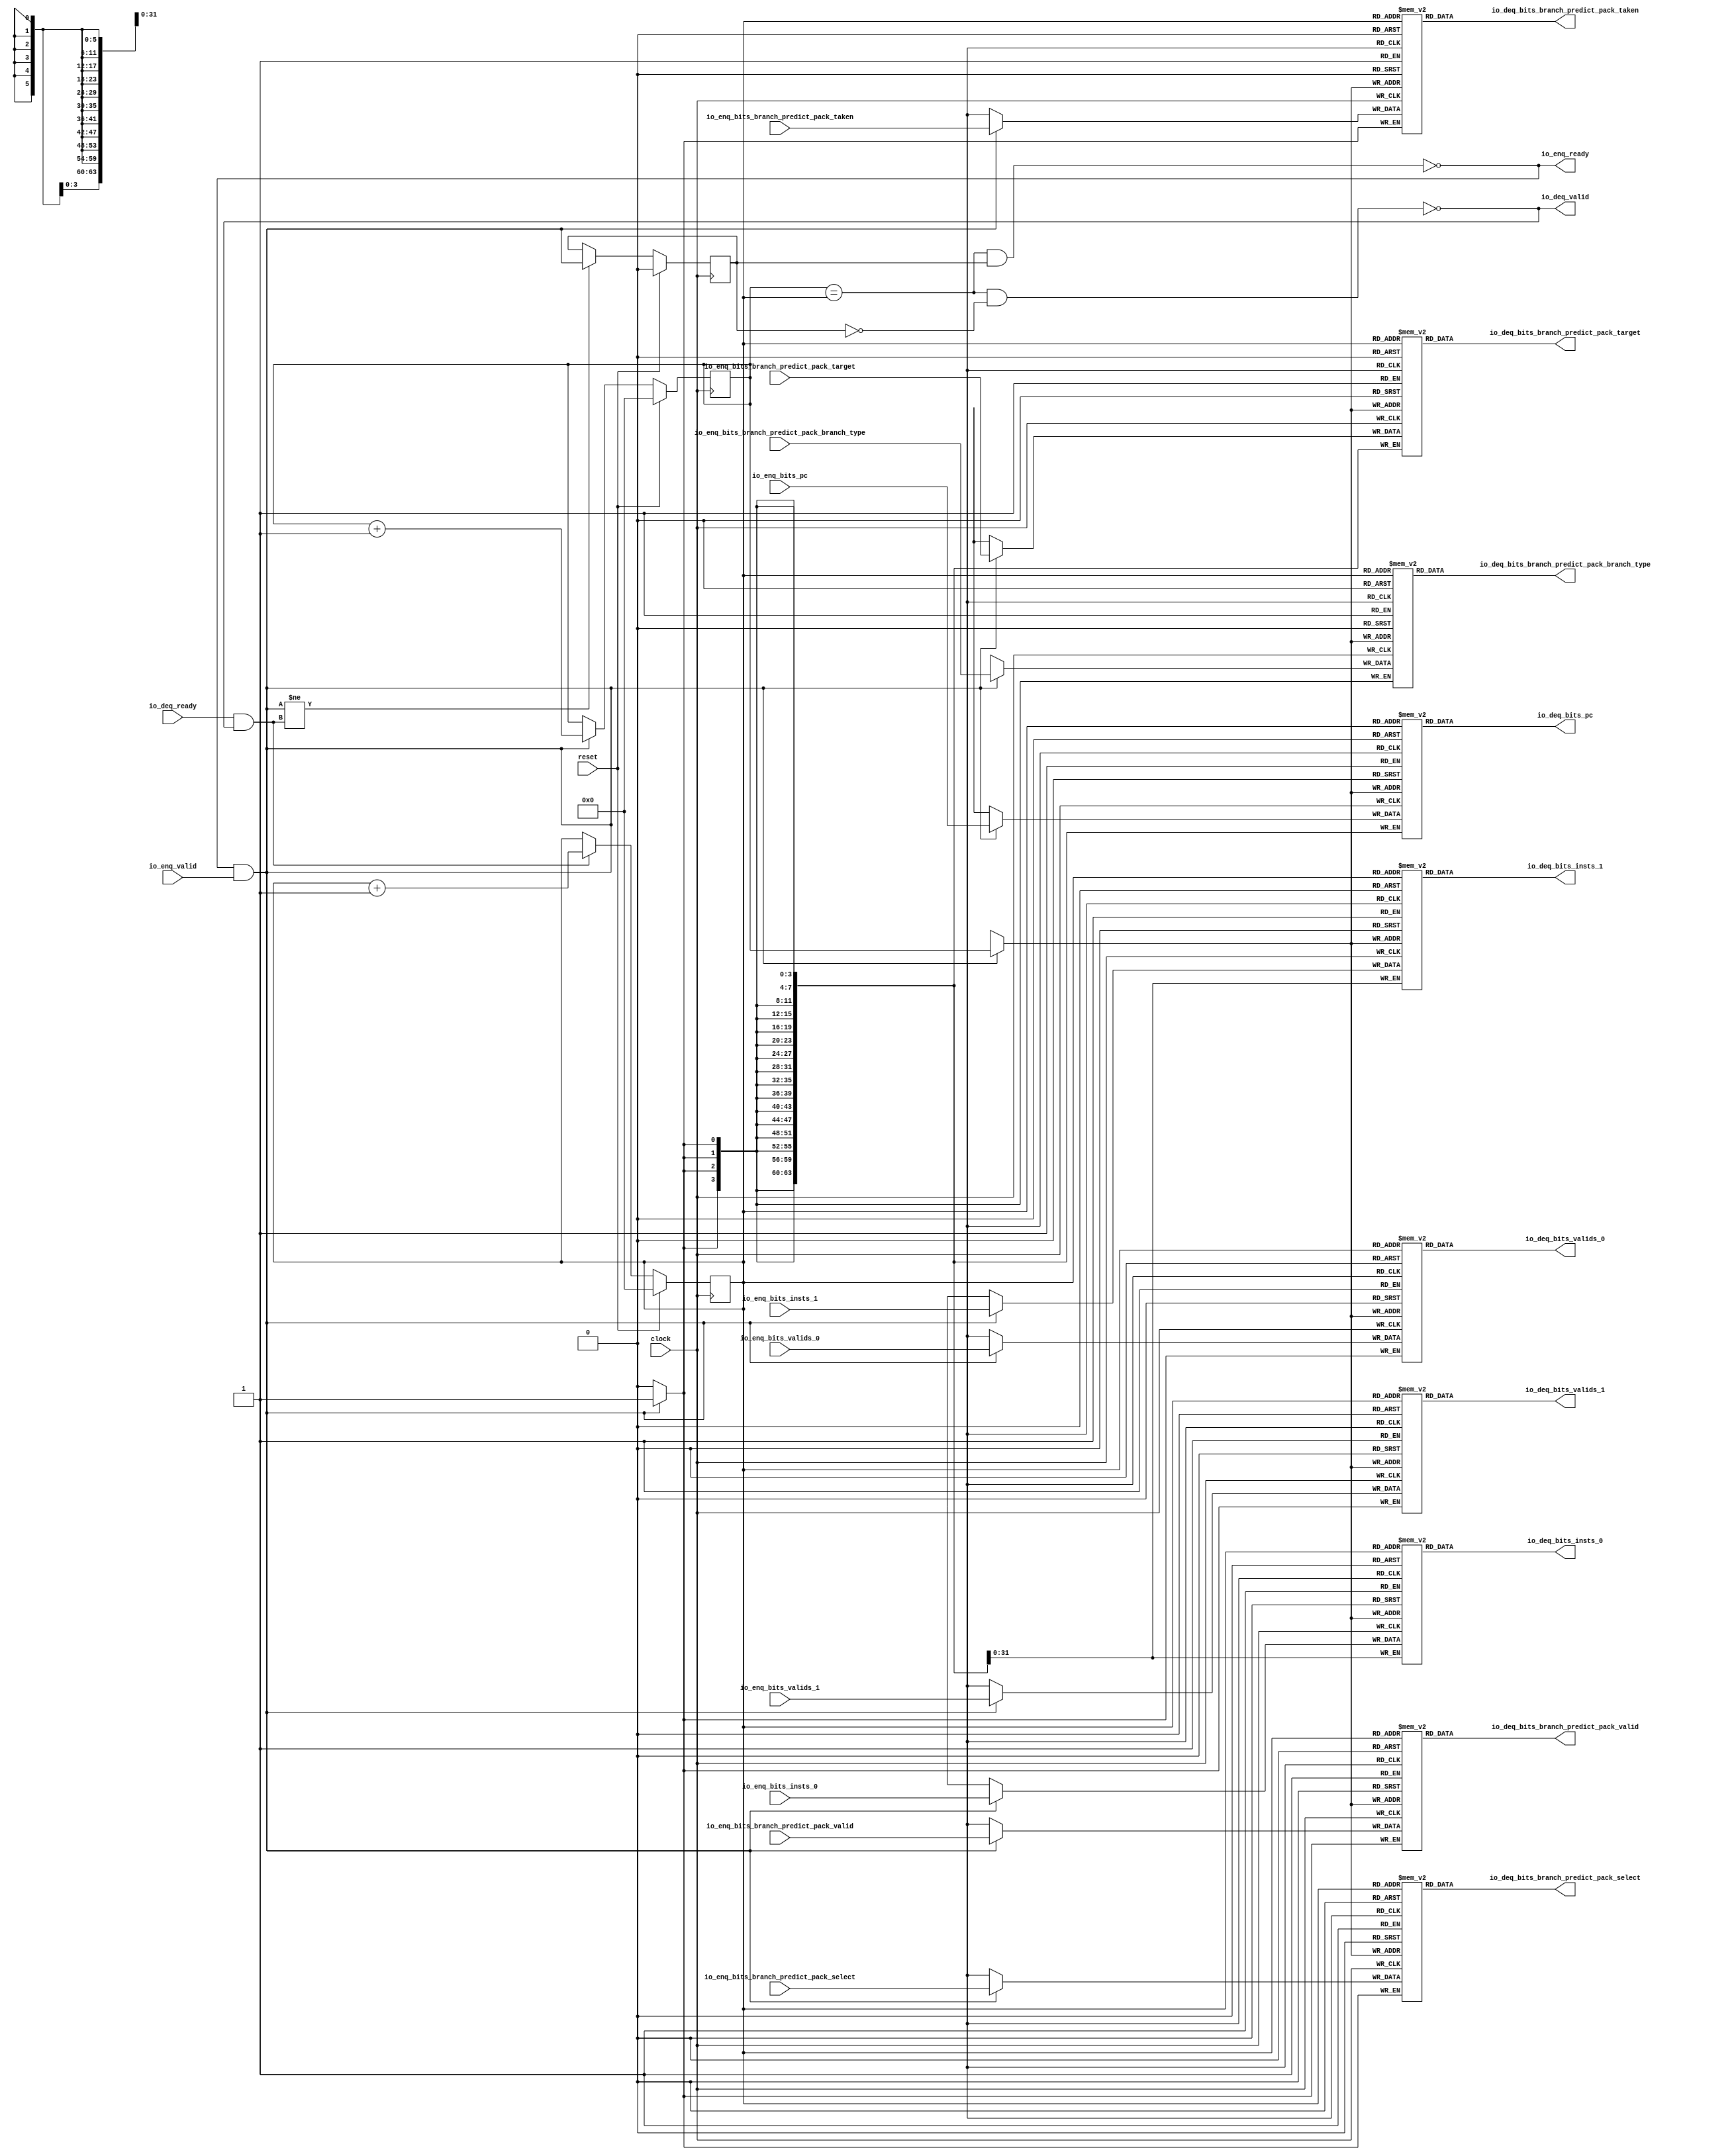
module Queue(
  input         clock,
  input         reset,
  output        io_enq_ready,
  input         io_enq_valid,
  input         io_enq_bits_valids_0,
  input         io_enq_bits_valids_1,
  input  [63:0] io_enq_bits_pc,
  input  [31:0] io_enq_bits_insts_0,
  input  [31:0] io_enq_bits_insts_1,
  input         io_enq_bits_branch_predict_pack_valid,
  input  [63:0] io_enq_bits_branch_predict_pack_target,
  input  [3:0]  io_enq_bits_branch_predict_pack_branch_type,
  input         io_enq_bits_branch_predict_pack_select,
  input         io_enq_bits_branch_predict_pack_taken,
  input         io_deq_ready,
  output        io_deq_valid,
  output        io_deq_bits_valids_0,
  output        io_deq_bits_valids_1,
  output [63:0] io_deq_bits_pc,
  output [31:0] io_deq_bits_insts_0,
  output [31:0] io_deq_bits_insts_1,
  output        io_deq_bits_branch_predict_pack_valid,
  output [63:0] io_deq_bits_branch_predict_pack_target,
  output [3:0]  io_deq_bits_branch_predict_pack_branch_type,
  output        io_deq_bits_branch_predict_pack_select,
  output        io_deq_bits_branch_predict_pack_taken
);
`ifdef RANDOMIZE_MEM_INIT
  reg [31:0] _RAND_0;
  reg [31:0] _RAND_1;
  reg [63:0] _RAND_2;
  reg [31:0] _RAND_3;
  reg [31:0] _RAND_4;
  reg [31:0] _RAND_5;
  reg [63:0] _RAND_6;
  reg [31:0] _RAND_7;
  reg [31:0] _RAND_8;
  reg [31:0] _RAND_9;
`endif // RANDOMIZE_MEM_INIT
`ifdef RANDOMIZE_REG_INIT
  reg [31:0] _RAND_10;
  reg [31:0] _RAND_11;
  reg [31:0] _RAND_12;
`endif // RANDOMIZE_REG_INIT
  reg  ram_valids_0 [0:63]; // @[Decoupled.scala 275:95]
  wire  ram_valids_0_io_deq_bits_MPORT_en; // @[Decoupled.scala 275:95]
  wire [5:0] ram_valids_0_io_deq_bits_MPORT_addr; // @[Decoupled.scala 275:95]
  wire  ram_valids_0_io_deq_bits_MPORT_data; // @[Decoupled.scala 275:95]
  wire  ram_valids_0_MPORT_data; // @[Decoupled.scala 275:95]
  wire [5:0] ram_valids_0_MPORT_addr; // @[Decoupled.scala 275:95]
  wire  ram_valids_0_MPORT_mask; // @[Decoupled.scala 275:95]
  wire  ram_valids_0_MPORT_en; // @[Decoupled.scala 275:95]
  reg  ram_valids_1 [0:63]; // @[Decoupled.scala 275:95]
  wire  ram_valids_1_io_deq_bits_MPORT_en; // @[Decoupled.scala 275:95]
  wire [5:0] ram_valids_1_io_deq_bits_MPORT_addr; // @[Decoupled.scala 275:95]
  wire  ram_valids_1_io_deq_bits_MPORT_data; // @[Decoupled.scala 275:95]
  wire  ram_valids_1_MPORT_data; // @[Decoupled.scala 275:95]
  wire [5:0] ram_valids_1_MPORT_addr; // @[Decoupled.scala 275:95]
  wire  ram_valids_1_MPORT_mask; // @[Decoupled.scala 275:95]
  wire  ram_valids_1_MPORT_en; // @[Decoupled.scala 275:95]
  reg [63:0] ram_pc [0:63]; // @[Decoupled.scala 275:95]
  wire  ram_pc_io_deq_bits_MPORT_en; // @[Decoupled.scala 275:95]
  wire [5:0] ram_pc_io_deq_bits_MPORT_addr; // @[Decoupled.scala 275:95]
  wire [63:0] ram_pc_io_deq_bits_MPORT_data; // @[Decoupled.scala 275:95]
  wire [63:0] ram_pc_MPORT_data; // @[Decoupled.scala 275:95]
  wire [5:0] ram_pc_MPORT_addr; // @[Decoupled.scala 275:95]
  wire  ram_pc_MPORT_mask; // @[Decoupled.scala 275:95]
  wire  ram_pc_MPORT_en; // @[Decoupled.scala 275:95]
  reg [31:0] ram_insts_0 [0:63]; // @[Decoupled.scala 275:95]
  wire  ram_insts_0_io_deq_bits_MPORT_en; // @[Decoupled.scala 275:95]
  wire [5:0] ram_insts_0_io_deq_bits_MPORT_addr; // @[Decoupled.scala 275:95]
  wire [31:0] ram_insts_0_io_deq_bits_MPORT_data; // @[Decoupled.scala 275:95]
  wire [31:0] ram_insts_0_MPORT_data; // @[Decoupled.scala 275:95]
  wire [5:0] ram_insts_0_MPORT_addr; // @[Decoupled.scala 275:95]
  wire  ram_insts_0_MPORT_mask; // @[Decoupled.scala 275:95]
  wire  ram_insts_0_MPORT_en; // @[Decoupled.scala 275:95]
  reg [31:0] ram_insts_1 [0:63]; // @[Decoupled.scala 275:95]
  wire  ram_insts_1_io_deq_bits_MPORT_en; // @[Decoupled.scala 275:95]
  wire [5:0] ram_insts_1_io_deq_bits_MPORT_addr; // @[Decoupled.scala 275:95]
  wire [31:0] ram_insts_1_io_deq_bits_MPORT_data; // @[Decoupled.scala 275:95]
  wire [31:0] ram_insts_1_MPORT_data; // @[Decoupled.scala 275:95]
  wire [5:0] ram_insts_1_MPORT_addr; // @[Decoupled.scala 275:95]
  wire  ram_insts_1_MPORT_mask; // @[Decoupled.scala 275:95]
  wire  ram_insts_1_MPORT_en; // @[Decoupled.scala 275:95]
  reg  ram_branch_predict_pack_valid [0:63]; // @[Decoupled.scala 275:95]
  wire  ram_branch_predict_pack_valid_io_deq_bits_MPORT_en; // @[Decoupled.scala 275:95]
  wire [5:0] ram_branch_predict_pack_valid_io_deq_bits_MPORT_addr; // @[Decoupled.scala 275:95]
  wire  ram_branch_predict_pack_valid_io_deq_bits_MPORT_data; // @[Decoupled.scala 275:95]
  wire  ram_branch_predict_pack_valid_MPORT_data; // @[Decoupled.scala 275:95]
  wire [5:0] ram_branch_predict_pack_valid_MPORT_addr; // @[Decoupled.scala 275:95]
  wire  ram_branch_predict_pack_valid_MPORT_mask; // @[Decoupled.scala 275:95]
  wire  ram_branch_predict_pack_valid_MPORT_en; // @[Decoupled.scala 275:95]
  reg [63:0] ram_branch_predict_pack_target [0:63]; // @[Decoupled.scala 275:95]
  wire  ram_branch_predict_pack_target_io_deq_bits_MPORT_en; // @[Decoupled.scala 275:95]
  wire [5:0] ram_branch_predict_pack_target_io_deq_bits_MPORT_addr; // @[Decoupled.scala 275:95]
  wire [63:0] ram_branch_predict_pack_target_io_deq_bits_MPORT_data; // @[Decoupled.scala 275:95]
  wire [63:0] ram_branch_predict_pack_target_MPORT_data; // @[Decoupled.scala 275:95]
  wire [5:0] ram_branch_predict_pack_target_MPORT_addr; // @[Decoupled.scala 275:95]
  wire  ram_branch_predict_pack_target_MPORT_mask; // @[Decoupled.scala 275:95]
  wire  ram_branch_predict_pack_target_MPORT_en; // @[Decoupled.scala 275:95]
  reg [3:0] ram_branch_predict_pack_branch_type [0:63]; // @[Decoupled.scala 275:95]
  wire  ram_branch_predict_pack_branch_type_io_deq_bits_MPORT_en; // @[Decoupled.scala 275:95]
  wire [5:0] ram_branch_predict_pack_branch_type_io_deq_bits_MPORT_addr; // @[Decoupled.scala 275:95]
  wire [3:0] ram_branch_predict_pack_branch_type_io_deq_bits_MPORT_data; // @[Decoupled.scala 275:95]
  wire [3:0] ram_branch_predict_pack_branch_type_MPORT_data; // @[Decoupled.scala 275:95]
  wire [5:0] ram_branch_predict_pack_branch_type_MPORT_addr; // @[Decoupled.scala 275:95]
  wire  ram_branch_predict_pack_branch_type_MPORT_mask; // @[Decoupled.scala 275:95]
  wire  ram_branch_predict_pack_branch_type_MPORT_en; // @[Decoupled.scala 275:95]
  reg  ram_branch_predict_pack_select [0:63]; // @[Decoupled.scala 275:95]
  wire  ram_branch_predict_pack_select_io_deq_bits_MPORT_en; // @[Decoupled.scala 275:95]
  wire [5:0] ram_branch_predict_pack_select_io_deq_bits_MPORT_addr; // @[Decoupled.scala 275:95]
  wire  ram_branch_predict_pack_select_io_deq_bits_MPORT_data; // @[Decoupled.scala 275:95]
  wire  ram_branch_predict_pack_select_MPORT_data; // @[Decoupled.scala 275:95]
  wire [5:0] ram_branch_predict_pack_select_MPORT_addr; // @[Decoupled.scala 275:95]
  wire  ram_branch_predict_pack_select_MPORT_mask; // @[Decoupled.scala 275:95]
  wire  ram_branch_predict_pack_select_MPORT_en; // @[Decoupled.scala 275:95]
  reg  ram_branch_predict_pack_taken [0:63]; // @[Decoupled.scala 275:95]
  wire  ram_branch_predict_pack_taken_io_deq_bits_MPORT_en; // @[Decoupled.scala 275:95]
  wire [5:0] ram_branch_predict_pack_taken_io_deq_bits_MPORT_addr; // @[Decoupled.scala 275:95]
  wire  ram_branch_predict_pack_taken_io_deq_bits_MPORT_data; // @[Decoupled.scala 275:95]
  wire  ram_branch_predict_pack_taken_MPORT_data; // @[Decoupled.scala 275:95]
  wire [5:0] ram_branch_predict_pack_taken_MPORT_addr; // @[Decoupled.scala 275:95]
  wire  ram_branch_predict_pack_taken_MPORT_mask; // @[Decoupled.scala 275:95]
  wire  ram_branch_predict_pack_taken_MPORT_en; // @[Decoupled.scala 275:95]
  reg [5:0] enq_ptr_value; // @[Counter.scala 61:40]
  reg [5:0] deq_ptr_value; // @[Counter.scala 61:40]
  reg  maybe_full; // @[Decoupled.scala 278:27]
  wire  ptr_match = enq_ptr_value == deq_ptr_value; // @[Decoupled.scala 279:33]
  wire  empty = ptr_match & ~maybe_full; // @[Decoupled.scala 280:25]
  wire  full = ptr_match & maybe_full; // @[Decoupled.scala 281:24]
  wire  do_enq = io_enq_ready & io_enq_valid; // @[Decoupled.scala 52:35]
  wire  do_deq = io_deq_ready & io_deq_valid; // @[Decoupled.scala 52:35]
  wire [5:0] _value_T_1 = enq_ptr_value + 6'h1; // @[Counter.scala 77:24]
  wire [5:0] _value_T_3 = deq_ptr_value + 6'h1; // @[Counter.scala 77:24]
  assign ram_valids_0_io_deq_bits_MPORT_en = 1'h1;
  assign ram_valids_0_io_deq_bits_MPORT_addr = deq_ptr_value;
  assign ram_valids_0_io_deq_bits_MPORT_data = ram_valids_0[ram_valids_0_io_deq_bits_MPORT_addr]; // @[Decoupled.scala 275:95]
  assign ram_valids_0_MPORT_data = io_enq_bits_valids_0;
  assign ram_valids_0_MPORT_addr = enq_ptr_value;
  assign ram_valids_0_MPORT_mask = 1'h1;
  assign ram_valids_0_MPORT_en = io_enq_ready & io_enq_valid;
  assign ram_valids_1_io_deq_bits_MPORT_en = 1'h1;
  assign ram_valids_1_io_deq_bits_MPORT_addr = deq_ptr_value;
  assign ram_valids_1_io_deq_bits_MPORT_data = ram_valids_1[ram_valids_1_io_deq_bits_MPORT_addr]; // @[Decoupled.scala 275:95]
  assign ram_valids_1_MPORT_data = io_enq_bits_valids_1;
  assign ram_valids_1_MPORT_addr = enq_ptr_value;
  assign ram_valids_1_MPORT_mask = 1'h1;
  assign ram_valids_1_MPORT_en = io_enq_ready & io_enq_valid;
  assign ram_pc_io_deq_bits_MPORT_en = 1'h1;
  assign ram_pc_io_deq_bits_MPORT_addr = deq_ptr_value;
  assign ram_pc_io_deq_bits_MPORT_data = ram_pc[ram_pc_io_deq_bits_MPORT_addr]; // @[Decoupled.scala 275:95]
  assign ram_pc_MPORT_data = io_enq_bits_pc;
  assign ram_pc_MPORT_addr = enq_ptr_value;
  assign ram_pc_MPORT_mask = 1'h1;
  assign ram_pc_MPORT_en = io_enq_ready & io_enq_valid;
  assign ram_insts_0_io_deq_bits_MPORT_en = 1'h1;
  assign ram_insts_0_io_deq_bits_MPORT_addr = deq_ptr_value;
  assign ram_insts_0_io_deq_bits_MPORT_data = ram_insts_0[ram_insts_0_io_deq_bits_MPORT_addr]; // @[Decoupled.scala 275:95]
  assign ram_insts_0_MPORT_data = io_enq_bits_insts_0;
  assign ram_insts_0_MPORT_addr = enq_ptr_value;
  assign ram_insts_0_MPORT_mask = 1'h1;
  assign ram_insts_0_MPORT_en = io_enq_ready & io_enq_valid;
  assign ram_insts_1_io_deq_bits_MPORT_en = 1'h1;
  assign ram_insts_1_io_deq_bits_MPORT_addr = deq_ptr_value;
  assign ram_insts_1_io_deq_bits_MPORT_data = ram_insts_1[ram_insts_1_io_deq_bits_MPORT_addr]; // @[Decoupled.scala 275:95]
  assign ram_insts_1_MPORT_data = io_enq_bits_insts_1;
  assign ram_insts_1_MPORT_addr = enq_ptr_value;
  assign ram_insts_1_MPORT_mask = 1'h1;
  assign ram_insts_1_MPORT_en = io_enq_ready & io_enq_valid;
  assign ram_branch_predict_pack_valid_io_deq_bits_MPORT_en = 1'h1;
  assign ram_branch_predict_pack_valid_io_deq_bits_MPORT_addr = deq_ptr_value;
  assign ram_branch_predict_pack_valid_io_deq_bits_MPORT_data =
    ram_branch_predict_pack_valid[ram_branch_predict_pack_valid_io_deq_bits_MPORT_addr]; // @[Decoupled.scala 275:95]
  assign ram_branch_predict_pack_valid_MPORT_data = io_enq_bits_branch_predict_pack_valid;
  assign ram_branch_predict_pack_valid_MPORT_addr = enq_ptr_value;
  assign ram_branch_predict_pack_valid_MPORT_mask = 1'h1;
  assign ram_branch_predict_pack_valid_MPORT_en = io_enq_ready & io_enq_valid;
  assign ram_branch_predict_pack_target_io_deq_bits_MPORT_en = 1'h1;
  assign ram_branch_predict_pack_target_io_deq_bits_MPORT_addr = deq_ptr_value;
  assign ram_branch_predict_pack_target_io_deq_bits_MPORT_data =
    ram_branch_predict_pack_target[ram_branch_predict_pack_target_io_deq_bits_MPORT_addr]; // @[Decoupled.scala 275:95]
  assign ram_branch_predict_pack_target_MPORT_data = io_enq_bits_branch_predict_pack_target;
  assign ram_branch_predict_pack_target_MPORT_addr = enq_ptr_value;
  assign ram_branch_predict_pack_target_MPORT_mask = 1'h1;
  assign ram_branch_predict_pack_target_MPORT_en = io_enq_ready & io_enq_valid;
  assign ram_branch_predict_pack_branch_type_io_deq_bits_MPORT_en = 1'h1;
  assign ram_branch_predict_pack_branch_type_io_deq_bits_MPORT_addr = deq_ptr_value;
  assign ram_branch_predict_pack_branch_type_io_deq_bits_MPORT_data =
    ram_branch_predict_pack_branch_type[ram_branch_predict_pack_branch_type_io_deq_bits_MPORT_addr]; // @[Decoupled.scala 275:95]
  assign ram_branch_predict_pack_branch_type_MPORT_data = io_enq_bits_branch_predict_pack_branch_type;
  assign ram_branch_predict_pack_branch_type_MPORT_addr = enq_ptr_value;
  assign ram_branch_predict_pack_branch_type_MPORT_mask = 1'h1;
  assign ram_branch_predict_pack_branch_type_MPORT_en = io_enq_ready & io_enq_valid;
  assign ram_branch_predict_pack_select_io_deq_bits_MPORT_en = 1'h1;
  assign ram_branch_predict_pack_select_io_deq_bits_MPORT_addr = deq_ptr_value;
  assign ram_branch_predict_pack_select_io_deq_bits_MPORT_data =
    ram_branch_predict_pack_select[ram_branch_predict_pack_select_io_deq_bits_MPORT_addr]; // @[Decoupled.scala 275:95]
  assign ram_branch_predict_pack_select_MPORT_data = io_enq_bits_branch_predict_pack_select;
  assign ram_branch_predict_pack_select_MPORT_addr = enq_ptr_value;
  assign ram_branch_predict_pack_select_MPORT_mask = 1'h1;
  assign ram_branch_predict_pack_select_MPORT_en = io_enq_ready & io_enq_valid;
  assign ram_branch_predict_pack_taken_io_deq_bits_MPORT_en = 1'h1;
  assign ram_branch_predict_pack_taken_io_deq_bits_MPORT_addr = deq_ptr_value;
  assign ram_branch_predict_pack_taken_io_deq_bits_MPORT_data =
    ram_branch_predict_pack_taken[ram_branch_predict_pack_taken_io_deq_bits_MPORT_addr]; // @[Decoupled.scala 275:95]
  assign ram_branch_predict_pack_taken_MPORT_data = io_enq_bits_branch_predict_pack_taken;
  assign ram_branch_predict_pack_taken_MPORT_addr = enq_ptr_value;
  assign ram_branch_predict_pack_taken_MPORT_mask = 1'h1;
  assign ram_branch_predict_pack_taken_MPORT_en = io_enq_ready & io_enq_valid;
  assign io_enq_ready = ~full; // @[Decoupled.scala 305:19]
  assign io_deq_valid = ~empty; // @[Decoupled.scala 304:19]
  assign io_deq_bits_valids_0 = ram_valids_0_io_deq_bits_MPORT_data; // @[Decoupled.scala 312:17]
  assign io_deq_bits_valids_1 = ram_valids_1_io_deq_bits_MPORT_data; // @[Decoupled.scala 312:17]
  assign io_deq_bits_pc = ram_pc_io_deq_bits_MPORT_data; // @[Decoupled.scala 312:17]
  assign io_deq_bits_insts_0 = ram_insts_0_io_deq_bits_MPORT_data; // @[Decoupled.scala 312:17]
  assign io_deq_bits_insts_1 = ram_insts_1_io_deq_bits_MPORT_data; // @[Decoupled.scala 312:17]
  assign io_deq_bits_branch_predict_pack_valid = ram_branch_predict_pack_valid_io_deq_bits_MPORT_data; // @[Decoupled.scala 312:17]
  assign io_deq_bits_branch_predict_pack_target = ram_branch_predict_pack_target_io_deq_bits_MPORT_data; // @[Decoupled.scala 312:17]
  assign io_deq_bits_branch_predict_pack_branch_type = ram_branch_predict_pack_branch_type_io_deq_bits_MPORT_data; // @[Decoupled.scala 312:17]
  assign io_deq_bits_branch_predict_pack_select = ram_branch_predict_pack_select_io_deq_bits_MPORT_data; // @[Decoupled.scala 312:17]
  assign io_deq_bits_branch_predict_pack_taken = ram_branch_predict_pack_taken_io_deq_bits_MPORT_data; // @[Decoupled.scala 312:17]
  always @(posedge clock) begin
    if (ram_valids_0_MPORT_en & ram_valids_0_MPORT_mask) begin
      ram_valids_0[ram_valids_0_MPORT_addr] <= ram_valids_0_MPORT_data; // @[Decoupled.scala 275:95]
    end
    if (ram_valids_1_MPORT_en & ram_valids_1_MPORT_mask) begin
      ram_valids_1[ram_valids_1_MPORT_addr] <= ram_valids_1_MPORT_data; // @[Decoupled.scala 275:95]
    end
    if (ram_pc_MPORT_en & ram_pc_MPORT_mask) begin
      ram_pc[ram_pc_MPORT_addr] <= ram_pc_MPORT_data; // @[Decoupled.scala 275:95]
    end
    if (ram_insts_0_MPORT_en & ram_insts_0_MPORT_mask) begin
      ram_insts_0[ram_insts_0_MPORT_addr] <= ram_insts_0_MPORT_data; // @[Decoupled.scala 275:95]
    end
    if (ram_insts_1_MPORT_en & ram_insts_1_MPORT_mask) begin
      ram_insts_1[ram_insts_1_MPORT_addr] <= ram_insts_1_MPORT_data; // @[Decoupled.scala 275:95]
    end
    if (ram_branch_predict_pack_valid_MPORT_en & ram_branch_predict_pack_valid_MPORT_mask) begin
      ram_branch_predict_pack_valid[ram_branch_predict_pack_valid_MPORT_addr] <=
        ram_branch_predict_pack_valid_MPORT_data; // @[Decoupled.scala 275:95]
    end
    if (ram_branch_predict_pack_target_MPORT_en & ram_branch_predict_pack_target_MPORT_mask) begin
      ram_branch_predict_pack_target[ram_branch_predict_pack_target_MPORT_addr] <=
        ram_branch_predict_pack_target_MPORT_data; // @[Decoupled.scala 275:95]
    end
    if (ram_branch_predict_pack_branch_type_MPORT_en & ram_branch_predict_pack_branch_type_MPORT_mask) begin
      ram_branch_predict_pack_branch_type[ram_branch_predict_pack_branch_type_MPORT_addr] <=
        ram_branch_predict_pack_branch_type_MPORT_data; // @[Decoupled.scala 275:95]
    end
    if (ram_branch_predict_pack_select_MPORT_en & ram_branch_predict_pack_select_MPORT_mask) begin
      ram_branch_predict_pack_select[ram_branch_predict_pack_select_MPORT_addr] <=
        ram_branch_predict_pack_select_MPORT_data; // @[Decoupled.scala 275:95]
    end
    if (ram_branch_predict_pack_taken_MPORT_en & ram_branch_predict_pack_taken_MPORT_mask) begin
      ram_branch_predict_pack_taken[ram_branch_predict_pack_taken_MPORT_addr] <=
        ram_branch_predict_pack_taken_MPORT_data; // @[Decoupled.scala 275:95]
    end
    if (reset) begin // @[Counter.scala 61:40]
      enq_ptr_value <= 6'h0; // @[Counter.scala 61:40]
    end else if (do_enq) begin // @[Decoupled.scala 288:16]
      enq_ptr_value <= _value_T_1; // @[Counter.scala 77:15]
    end
    if (reset) begin // @[Counter.scala 61:40]
      deq_ptr_value <= 6'h0; // @[Counter.scala 61:40]
    end else if (do_deq) begin // @[Decoupled.scala 292:16]
      deq_ptr_value <= _value_T_3; // @[Counter.scala 77:15]
    end
    if (reset) begin // @[Decoupled.scala 278:27]
      maybe_full <= 1'h0; // @[Decoupled.scala 278:27]
    end else if (do_enq != do_deq) begin // @[Decoupled.scala 295:27]
      maybe_full <= do_enq; // @[Decoupled.scala 296:16]
    end
  end
// Register and memory initialization
`ifdef RANDOMIZE_GARBAGE_ASSIGN
`define RANDOMIZE
`endif
`ifdef RANDOMIZE_INVALID_ASSIGN
`define RANDOMIZE
`endif
`ifdef RANDOMIZE_REG_INIT
`define RANDOMIZE
`endif
`ifdef RANDOMIZE_MEM_INIT
`define RANDOMIZE
`endif
`ifndef RANDOM
`define RANDOM $random
`endif
`ifdef RANDOMIZE_MEM_INIT
  integer initvar;
`endif
`ifndef SYNTHESIS
`ifdef FIRRTL_BEFORE_INITIAL
`FIRRTL_BEFORE_INITIAL
`endif
initial begin
  `ifdef RANDOMIZE
    `ifdef INIT_RANDOM
      `INIT_RANDOM
    `endif
    `ifndef VERILATOR
      `ifdef RANDOMIZE_DELAY
        #`RANDOMIZE_DELAY begin end
      `else
        #0.002 begin end
      `endif
    `endif
`ifdef RANDOMIZE_MEM_INIT
  _RAND_0 = {1{`RANDOM}};
  for (initvar = 0; initvar < 64; initvar = initvar+1)
    ram_valids_0[initvar] = _RAND_0[0:0];
  _RAND_1 = {1{`RANDOM}};
  for (initvar = 0; initvar < 64; initvar = initvar+1)
    ram_valids_1[initvar] = _RAND_1[0:0];
  _RAND_2 = {2{`RANDOM}};
  for (initvar = 0; initvar < 64; initvar = initvar+1)
    ram_pc[initvar] = _RAND_2[63:0];
  _RAND_3 = {1{`RANDOM}};
  for (initvar = 0; initvar < 64; initvar = initvar+1)
    ram_insts_0[initvar] = _RAND_3[31:0];
  _RAND_4 = {1{`RANDOM}};
  for (initvar = 0; initvar < 64; initvar = initvar+1)
    ram_insts_1[initvar] = _RAND_4[31:0];
  _RAND_5 = {1{`RANDOM}};
  for (initvar = 0; initvar < 64; initvar = initvar+1)
    ram_branch_predict_pack_valid[initvar] = _RAND_5[0:0];
  _RAND_6 = {2{`RANDOM}};
  for (initvar = 0; initvar < 64; initvar = initvar+1)
    ram_branch_predict_pack_target[initvar] = _RAND_6[63:0];
  _RAND_7 = {1{`RANDOM}};
  for (initvar = 0; initvar < 64; initvar = initvar+1)
    ram_branch_predict_pack_branch_type[initvar] = _RAND_7[3:0];
  _RAND_8 = {1{`RANDOM}};
  for (initvar = 0; initvar < 64; initvar = initvar+1)
    ram_branch_predict_pack_select[initvar] = _RAND_8[0:0];
  _RAND_9 = {1{`RANDOM}};
  for (initvar = 0; initvar < 64; initvar = initvar+1)
    ram_branch_predict_pack_taken[initvar] = _RAND_9[0:0];
`endif // RANDOMIZE_MEM_INIT
`ifdef RANDOMIZE_REG_INIT
  _RAND_10 = {1{`RANDOM}};
  enq_ptr_value = _RAND_10[5:0];
  _RAND_11 = {1{`RANDOM}};
  deq_ptr_value = _RAND_11[5:0];
  _RAND_12 = {1{`RANDOM}};
  maybe_full = _RAND_12[0:0];
`endif // RANDOMIZE_REG_INIT
  `endif // RANDOMIZE
end // initial
`ifdef FIRRTL_AFTER_INITIAL
`FIRRTL_AFTER_INITIAL
`endif
`endif // SYNTHESIS
endmodule